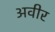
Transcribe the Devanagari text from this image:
अवीर